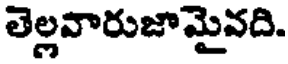
తెల్లవారుజామైవది.